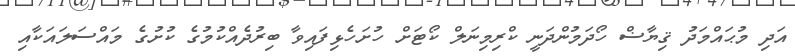
އަދި މުޙައްމަދު ޤިޔާޟް ހޯދަމުންދަނީ ކްރިމިނަލް ކޯޓަށް ހުށަހެޅިފައިވާ ބިރުދެއްކުމުގެ ކުށުގެ މައްސަލައަކާއި